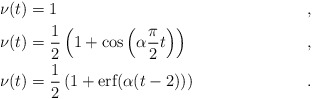
\begin{align*}\nu(t) &= 1 &, \\\nu(t) &= \frac{1}{2}\left(1 + \cos\left( \alpha \frac{\pi}{2} t \right) \right) &, \\\nu(t) &= \frac{1}{2} \left(1 + \textrm{erf}( \alpha (t-2) ) \right) &. \end{align*}